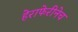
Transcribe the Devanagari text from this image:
हेराफेरीनेच